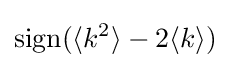
{\text{sign}}(\langle k^{2}\rangle -2\langle k\rangle )